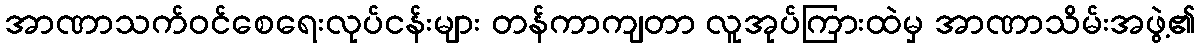
အာဏာသက်ဝင်စေရေးလုပ်ငန်းများ တန်ကာကျတာ လူအုပ်ကြားထဲမှ အာဏာသိမ်းအဖွဲ့၏